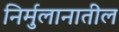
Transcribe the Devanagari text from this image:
निर्मुलानातील